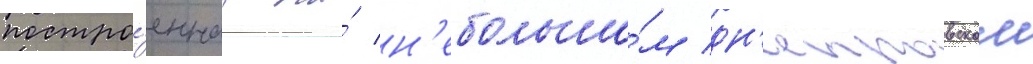
постро́еннаа на́ н'ебольшо́м дн'епровском